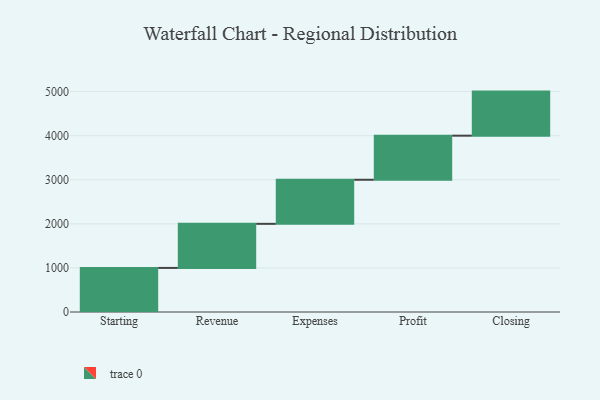
{"axis": {"x": "Step", "y": "Value"}, "legend": [""], "data": [{"x": "Starting", "y": 1000, "type": ""}, {"x": "Revenue", "y": 1000, "type": ""}, {"x": "Expenses", "y": 1000, "type": ""}, {"x": "Profit", "y": 1000, "type": ""}, {"x": "Closing", "y": 1000, "type": ""}]}